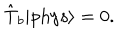
LaTeX: \hat { \mathrm { T } } _ { b } | \mathrm { p h y s } \rangle = 0 .